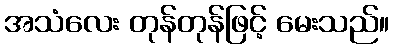
အသံလေး တုန်တုန်ဖြင့် မေးသည်။